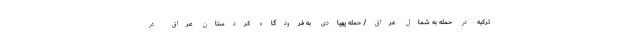
ترکیه در حمله به شمال عراق/ حمله پهپادی به فرودگاه کردستان عراق در